Civil Veterinary Dept. Assam report 1927-50 - 1927-1950
Year: 1927
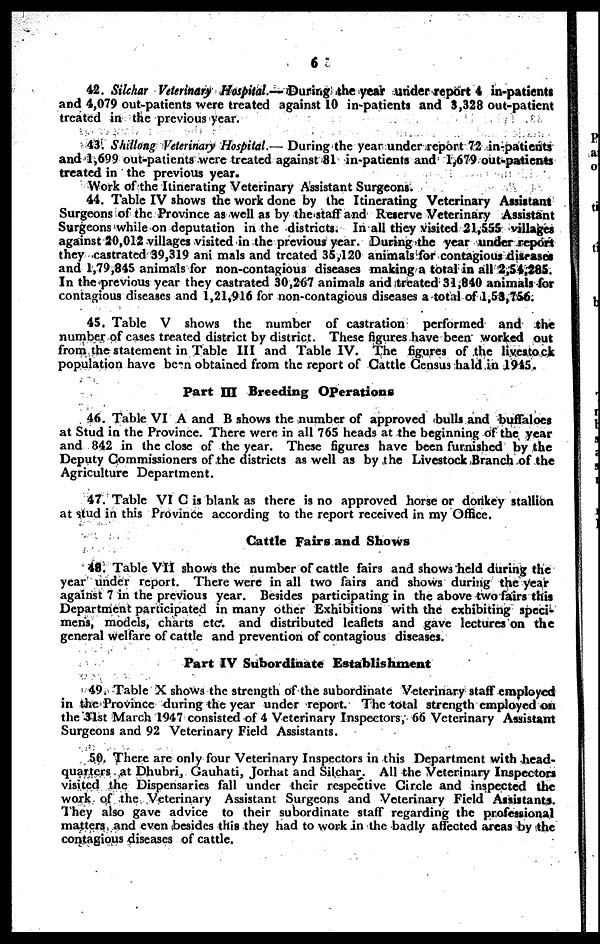
6
42. Silchar Veterinary Hospital.— During the year under report 4 in-patients
and 4,079 out-patients were treated against 10 in-patients and 3,328 out-patient
treated in the previous year.
43. Shillong Veterinary Hospital.— During the year under report 72 in-patients
and 1,699 out-patients were treated against 81 in-patients and 1,679 out-patients
treated in the previous year.
Work of the Itinerating Veterinary Assistant Surgeons.
44. Table IV shows the work done by the Itinerating Veterinary Assistant
Surgeons of the Province as well as by the staff and Reserve Veterinary Assistant
Surgeons while on deputation in the districts. In all they visited 21,555 villages
against 20,012 villages visited in the previous year. During the year under report
they castrated 39,319 animals and treated 35,120 animals for contagious diseases
and 1,79,845 animals for non-contagious diseases making a total in all 2,54,285.
In the previous year they castrated 30,267 animals and treated 31,840 animals for
contagious diseases and 1,21,916 for non-contagious diseases a total of 1,53,756.
45. Table V shows the number of castration
performed and the
number of cases treated district by district. These figures have been worked out
from the statement in Table III and Table IV. The figures of the livestock
population have been obtained from the report of Cattle Census hald in 1945.
Part III Breeding Operations
46. Table VI A and B shows the number of approved bulls and buffaloes
at Stud in the Province. There were in all 765 heads at the beginning of the year
and 842 in the close of the year. These figures have been furnished by the
Deputy Commissioners of the districts as well as by the Livestock Branch of the
Agriculture Department.
47. Table VI C is blank as there is no approved horse or donkey stallion
at stud in this Province according to the report received in my Office.
Cattle Fairs and Shows
48. Table VII show3 the number of cattle fairs and shows held during the
year under report. There were in all two fairs and shows during the year
against 7 in the previous year. Besides participating in the above two fairs this
Department participated in many other Exhibitions with the exhibiting speci-
mens, modeis, charts etc. and distributed leaflets and gave lectures on the
general welfare of cattle and prevention of contagious diseases.
Part IV Subordinate Establishment
49. Table X shows the strength of the subordinate Veterinary staff employed
in the Province during the year under report. The total strength employed on
the 31st March 1947 consisted of 4 Veterinary Inspectors, 66 Veterinary Assistant
Surgeons and 92 Veterinary Field Assistants.
50. There arc only four Veterinary Inspectors in this Department with head-
quarters at Dhubri, Gauhati, Jorhat and Silchar. All the Veterinary Inspectors
visited the Dispensaries fall under their respective Circle and inspected the
work of the Veterinary Assistant Surgeons and Veterinary Field Assistants.
They also gave advice to their subordinate staff regarding the professional
matters and even besides this they had to work in the badly affected areas by the
contagious diseases of cattle.